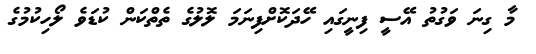
މާ ގިނަ ވަގުތު އޭސީ ފިނީގައި ހޭދަކޮށްފިނަމަ ލޮލުގެ ތެތްކަން ކުޑަވެ ލޯހިކުމުގެ